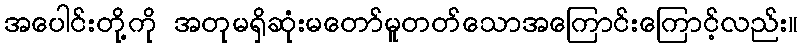
အပေါင်းတို့ကို အတုမရှိဆုံးမတော်မူတတ်သောအကြောင်းကြောင့်လည်း။